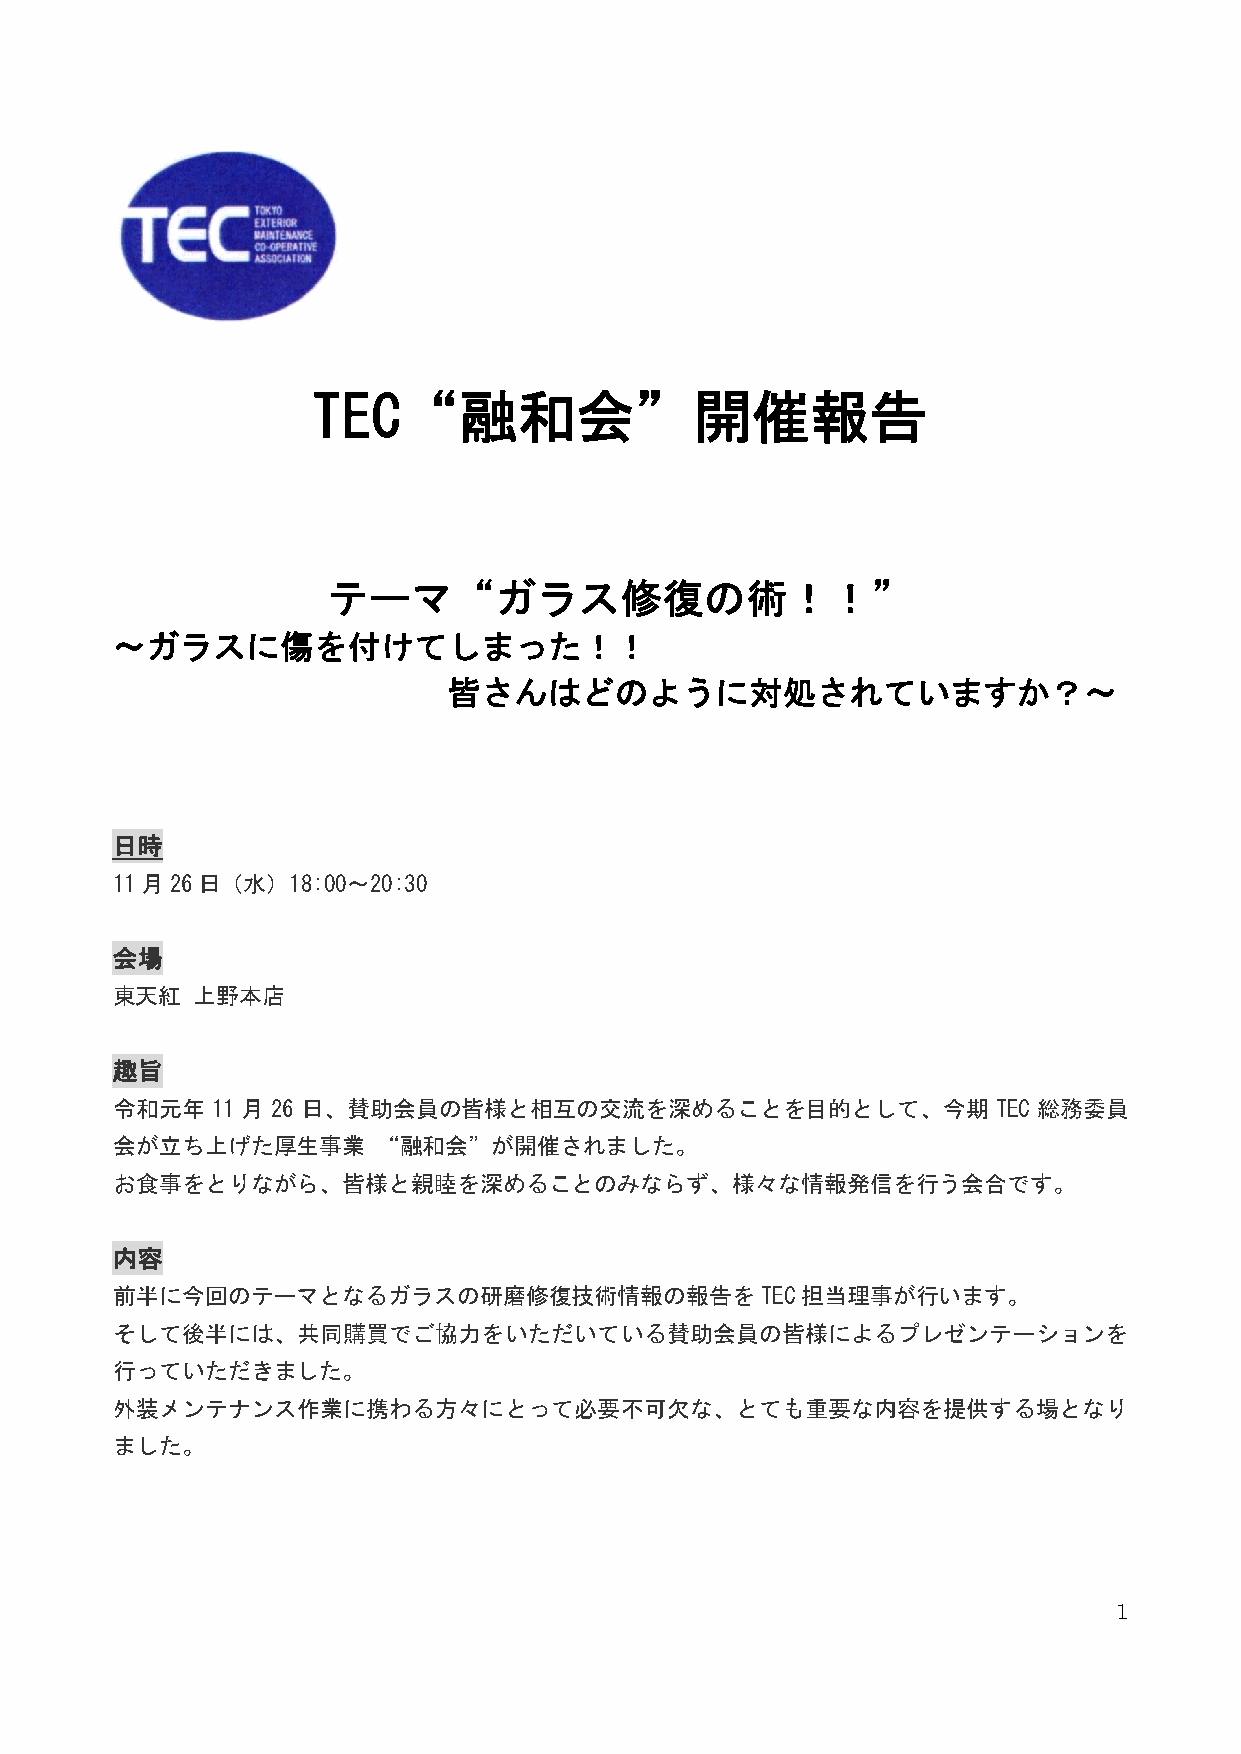
TEC“融和会”開催報告
 テーマ“ガラス修復の術！！”
 ～ガラスに傷を付けてしまった！！
 皆さんはどのように対処されていますか？～
 日時
 11月26日（水）18:00～20:30
 会場
 東天紅   上野本店
 趣旨
 令和元年   11 月 26 日、賛助会員の皆様と相互の交流を深めることを目的として、今期              TEC 総務委員
 会が立ち上げた厚生事業       “融和会”が開催されました。
 お食事をとりながら、皆様と親睦を深めることのみならず、様々な情報発信を行う会合です。
 内容
 前半に今回のテーマとなるガラスの研磨修復技術情報の報告をTEC担当理事が行います。
 そして後半には、共同購買でご協力をいただいている賛助会員の皆様によるプレゼンテーションを
 行っていただきました。
 外装メンテナンス作業に携わる方々にとって必要不可欠な、とても重要な内容を提供する場となり
 ました。
 1